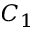
C _ { 1 }